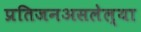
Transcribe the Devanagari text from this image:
प्रतिजनअसलेल्या